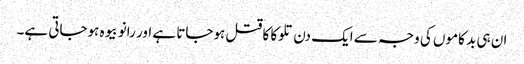
ان ہی بد کاموں کی وجہ سے ایک دن تلوکا کا قتل ہوجاتا ہے اور رانو بیوہ ہوجاتی ہے۔